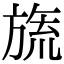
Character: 旒